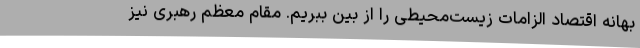
بهانه اقتصاد الزامات زیست‌محیطی را از بین ببریم. مقام معظم رهبری نیز